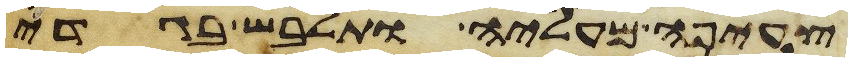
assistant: צעיפה מעליה ותלבש בגדי